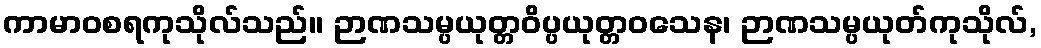
ကာမာဝစရကုသိုလ်သည်။ ဉာဏသမ္ပယုတ္တဝိပ္ပယုတ္တဝသေန၊ ဉာဏသမ္ပယုတ်ကုသိုလ်,